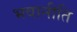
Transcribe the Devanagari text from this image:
भवानीति